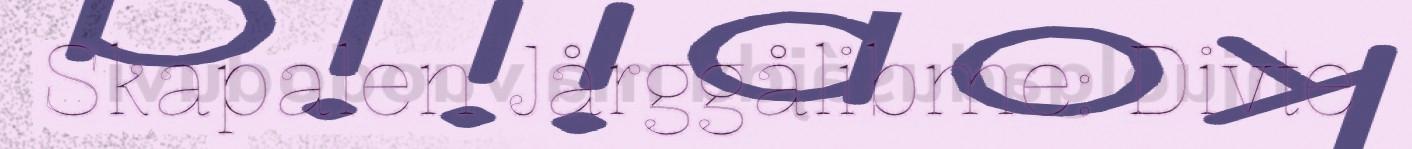
Skapalen Jårggålibme: Divte